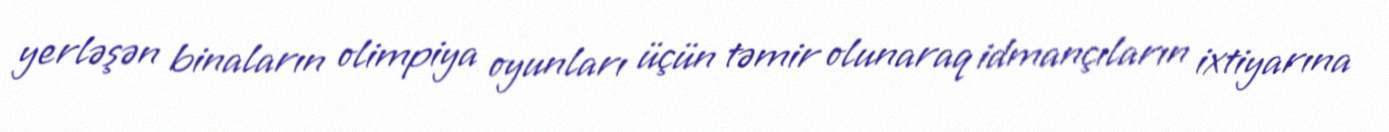
yerləşən binaların olimpiya oyunları üçün təmir olunaraq idmançıların ixtiyarına